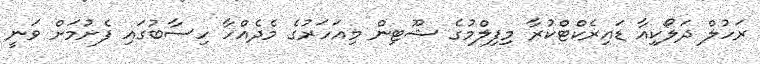
ރަހުލް ދަލޯކިއާ ޑައިރެކްޓްކުރާ މިފިލްމުގެ ޝޫޓިން މިއަހަރުގެ މެދެއްހާ ހިސާބުގައި ފެށުމަށް ވަނީ